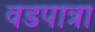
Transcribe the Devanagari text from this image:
वडपात्रा